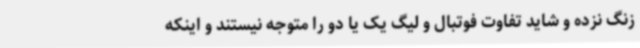
زنگ نزده و شاید تفاوت فوتبال و لیگ یک یا دو را متوجه نیستند و اینکه